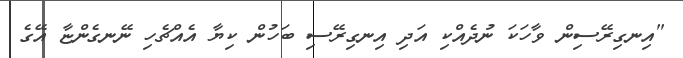
"އިނގިރޭސިން ވާހަކަ ނުދެއްކި އަދި އިނގިރޭސި ބަހުން ކިޔާ އެއްޗެހި ނޭނގެންޏާ އޭގެ